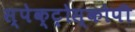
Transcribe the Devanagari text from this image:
स्‍पेक्‍ट्रोस्‍कोपी